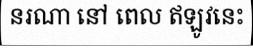
នរណា នៅ ពេល ឥឡូវនេះ